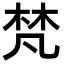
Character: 梵